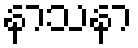
နာသနာ